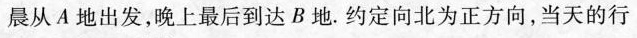
晨从A地出发，晚上最后到达B地。约定向北为正方向，当天的行